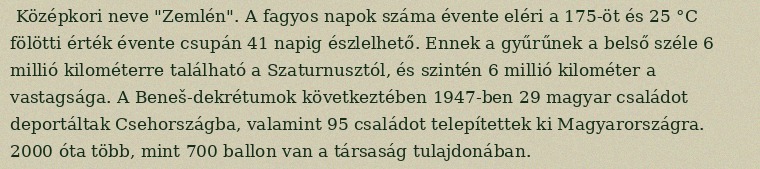
Középkori neve "Zemlén". A fagyos napok száma évente eléri a 175-öt és 25 °C fölötti érték évente csupán 41 napig észlelhető. Ennek a gyűrűnek a belső széle 6 millió kilométerre található a Szaturnusztól, és szintén 6 millió kilométer a vastagsága. A Beneš-dekrétumok következtében 1947-ben 29 magyar családot deportáltak Csehországba, valamint 95 családot telepítettek ki Magyarországra. 2000 óta több, mint 700 ballon van a társaság tulajdonában.